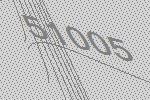
51005